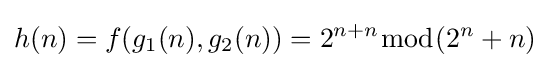
h(n)=f(g_{1}(n),g_{2}(n))=2^{n+n}{\bmod {(}}2^{n}+n)